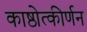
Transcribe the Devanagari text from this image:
काष्ठोत्कीर्णन